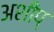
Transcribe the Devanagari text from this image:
अशीप्